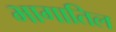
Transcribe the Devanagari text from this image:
भागातिल